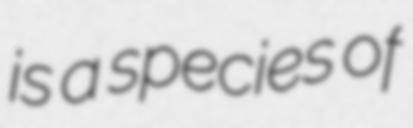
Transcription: is a species of